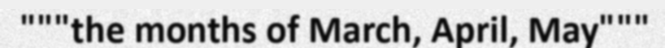
"""the months of March, April, May"""